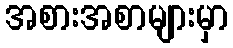
အစားအစာများမှာ